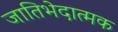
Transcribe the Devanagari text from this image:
जातिभेदात्मक